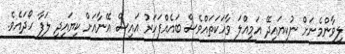
ލީވާންމެނަށް ނުކިޔައިދޭ އަމިއްލަ ވާހަކަތައްވެސް ބައެއްފަހަރު އައިސް އޭނާއަށް ކިޔައިދީ ލަފާ ހޯދައެވެ.